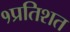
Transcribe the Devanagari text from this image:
१प्रतिशत